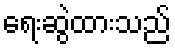
ရေးဆွဲထားသည်